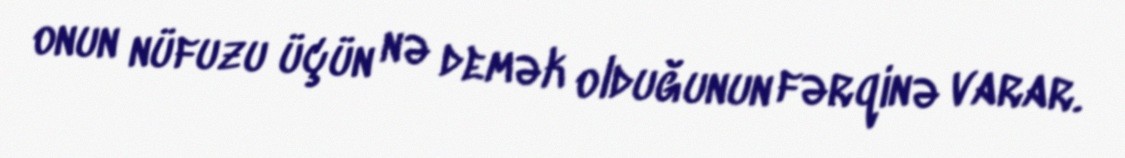
onun nüfuzu üçün nə demək olduğunun fərqinə varar.